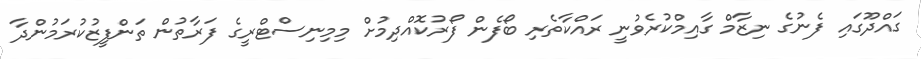
ގައްދޫގައި ފެނުގެ ނިޒާމް ގާއިމްކުރެވުނީ ރައްކާތެރި ބޯފެން ފޯރުކޮއްދިމުށް މިމިނިސްޓްރީގެ ފަރާތުން ތަންފީޒުކުރަމުންދާ